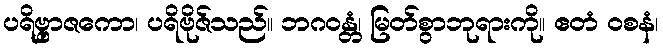
ပရိဗ္ဗှာဇကော၊ ပရိဗိုဇ်သည်။ ဘဂဝန္တံ၊ မြတ်စွာဘုရားကို။ ဧတံ ဝစနံ၊